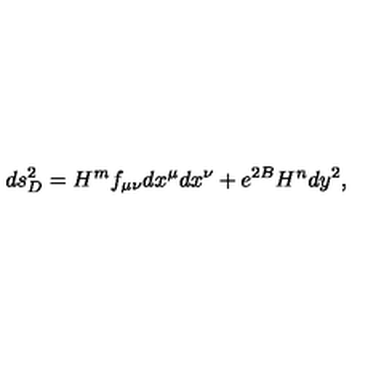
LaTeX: d s _ { D } ^ { 2 } = H ^ { m } f _ { \mu \nu } d x ^ { \mu } d x ^ { \nu } + e ^ { 2 B } H ^ { n } d y ^ { 2 } ,